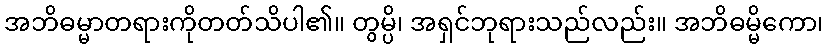
အဘိဓမ္မာတရားကိုတတ်သိပါ၏။ တွမ္ပိ၊ အရှင်ဘုရားသည်လည်း။ အဘိဓမ္မိကော၊